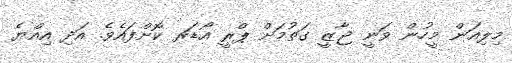
މިލިއަން މީހުން ވަނީ ޖާޒީ ގަތުމަށް ޕްރީ އޯޑަރ ކޮށްފައެވެ. އަދި އިއްޔެ